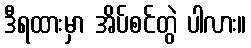
ဒီရထားမှာ အိပ်စင်တွဲ ပါလား။